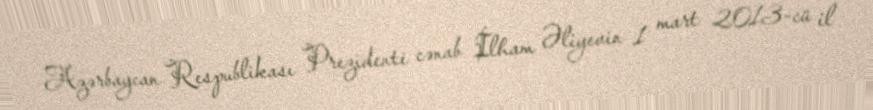
Azərbaycan Respublikası Prezidenti cənab İlham Əliyevin 1 mart 2013-cü il